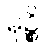
မုဉ္စိ